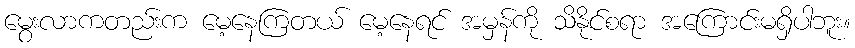
မွေးလာကတည်းက မေ့နေကြတယ် မေ့နေရင် အမှန်ကို သိနိုင်စရာ အကြောင်းမရှိပါဘူး။